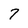
Character: 7